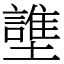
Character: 䜃